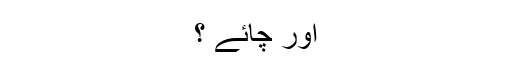
اور چائے ؟